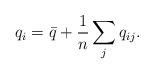
LaTeX: \begin{align*}q_i={\bar q}+\frac{1}{n}\sum_jq_{ij}.\end{align*}